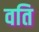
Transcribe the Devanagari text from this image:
वति